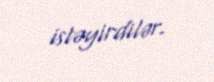
istəyirdilər.